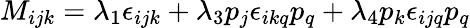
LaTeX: M_{ijk}=\lambda_{1}\epsilon_{ijk}+\lambda_{3}p_{j}\epsilon_{ikq}p_{q}+\lambda_{4}p_{k}\epsilon_{ijq}p_{q}